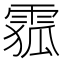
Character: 𲉽